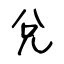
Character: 兌